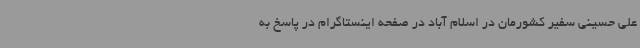
علی حسینی سفیر کشورمان در اسلام آباد در صفحه اینستاگرام در پاسخ به